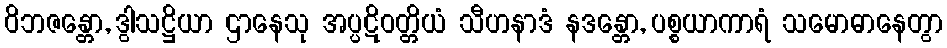
ဝိဘဇန္တော, ဒွါသဋ္ဌိယာ ဌာနေသု အပ္ပဋိဝတ္တိယံ သီဟနာဒံ နဒန္တော, ပစ္စယာကာရံ သမောဓာနေတွာ